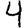
Digit: 4